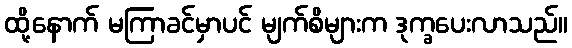
ထို့နောက် မကြာခင်မှာပင် မျက်စိများက ဒုက္ခပေးလာသည်။